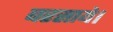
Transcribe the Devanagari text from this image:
बरसाये।